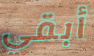
أبقي